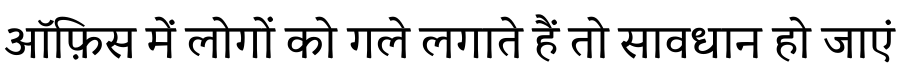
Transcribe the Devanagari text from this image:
ऑफ़िस में लोगों को गले लगाते हैं तो सावधान हो जाएं